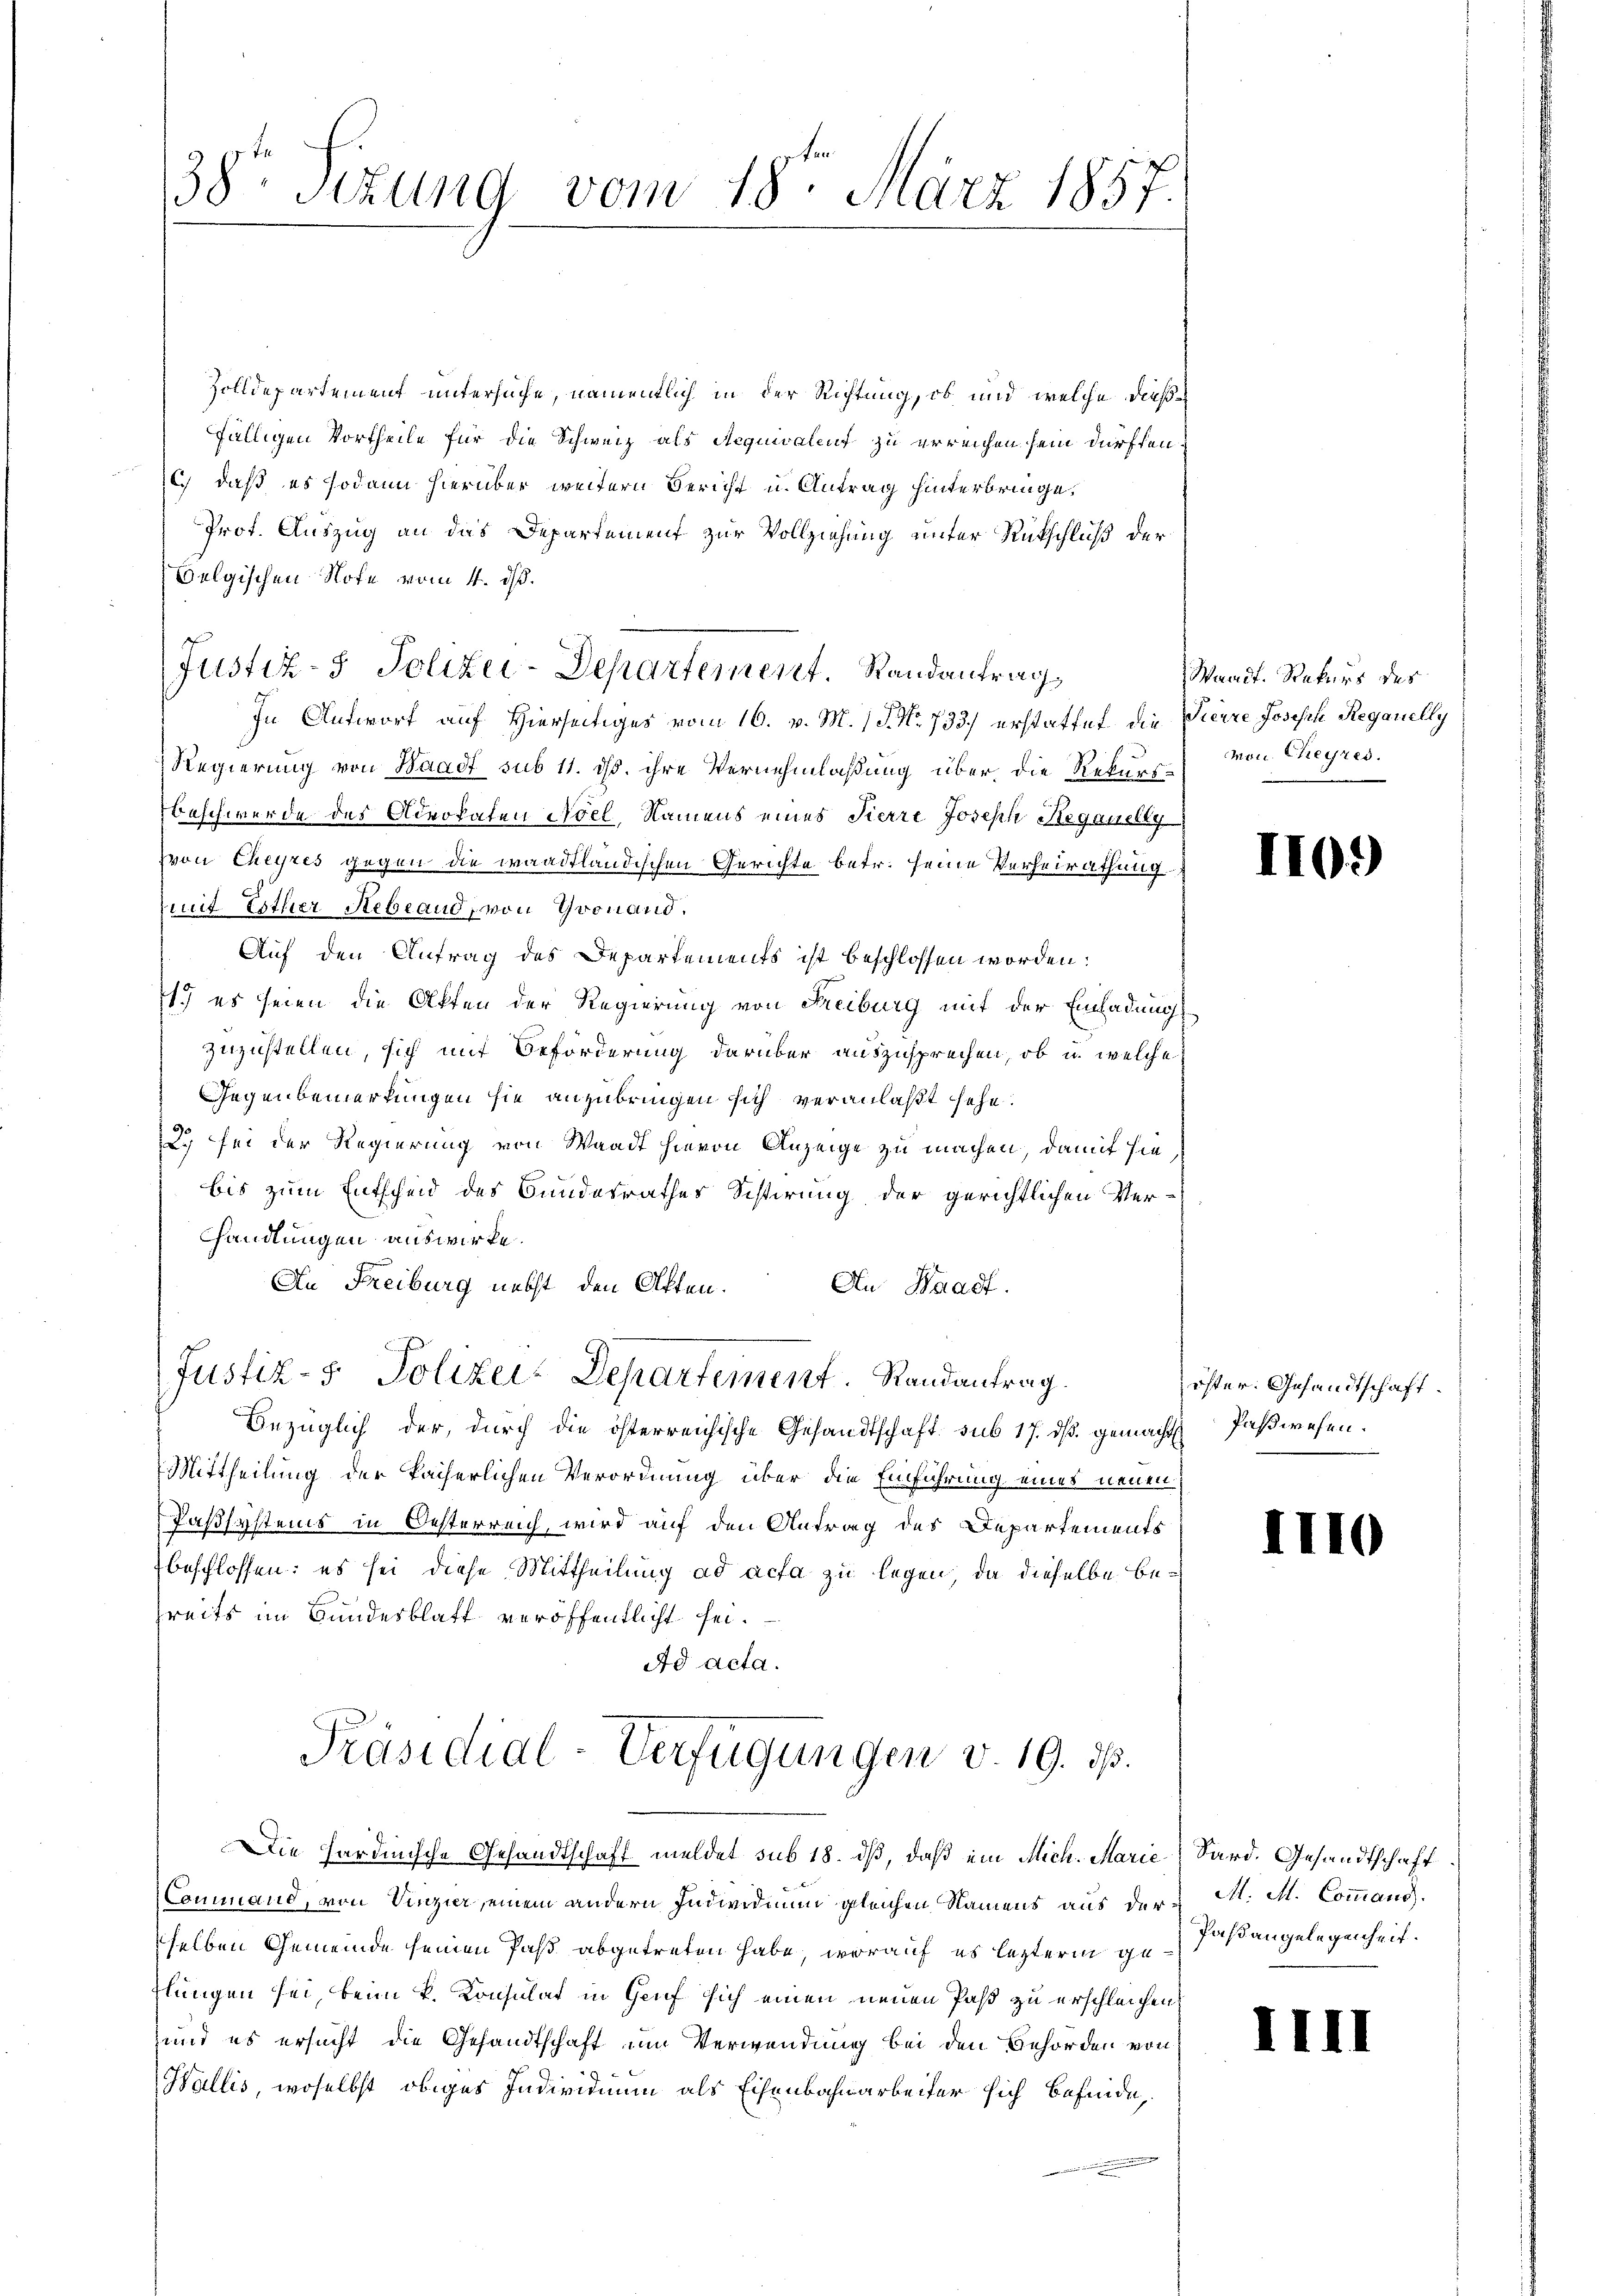
Command, von Vinzier, einem andern Individium gleichen Namens aus der M. M. Command.
selben Gemeinde seinen Paß abgetreten habe, worauf es lezterm gefaßangelegenheit.
flungen sei, beim k. Konsulat in Genf sich einen neuen Paß zu erschleichen,
und es ersucht die Gesandtschaft um Verwendung bei den Behörden von
(Wallis, woselbst obiges Individium als Eisenbahnarbeiter sich befinde,

38te Sizung vom 18. März 1857.

Zolldepartement untersuche, namentlich in der Richtung, ob und welche dießfälligen Vortheile für die Schweiz als Aequivalent zu erreichen sein dürften.
c.) daß es sodann hierüber weitern Bericht u. Antrag hinterbringe,
Prof. Auszug an das Departement zur Vollziehung unter Rückschluß der
Oelgischen Note vom 4. d.
In Antwort auf Hierseitiges vom 16. v. M. 1 S. No. 733.) erstattet die Pierre Joseph Reganelly
Regierung von Waadt sub 11. ds. ihre Vernehmlaßung über die Rekurs¬
Beschwerde des Advokaten Noel, Namens eines Pierre Joseph Steganelly
von Cheyres gegen die waadtländischen Gerichte betr. seine Verheirathung
mit Esther Stebrand, von Goonand.
Auf den Antrag des Departements ist beschlossen worden:
1.) es seien die Akten der Regierung von Freiburg mit der Einladung
zuzustellen, sich mit Beförderung darüber auszusprechen, ob un welche
Gegenbemerkungen sie anzubringen sich veranlaßt sehe.
3. sei der Regierung von Waadt hievon Anzeige zu machen, damit sie
bis zum Entscheid des Bundesrathes Sistirung der gerichtlichen Verhandlungen auswirke.
An Freiburg nebst den Atten.
An Waadt.
Justiz- & Polizei Departement. Randantrag.
Bezüglich der durch die österreichische Gesandtschaft sub 17. dβ gemacht Paßwesen.
Mittheilung der kaiserlichen Verordnung über die Einführung eines neuen
Paßsystems in Oesterreich, wird auf den Antrag des Departements
beschlossen: es sei diese Mittheilung ad acta zu legen, da dieselbe bereits im Bundesblatt veröffentlicht sei.
Ad acta.

Justiz- Polizei-Departement. Standantrags

Präsidial-Verfügungen v. 19. ds.
Die hardinische Gesandtschaft meldet sub 18. dß, daß ein Mich. Marie Sard. Gesandtschaft

Waadt. Rekurs des
Mon Chegres.

I

IIc

öster Gesandtschaft.

III